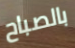
بالصباح